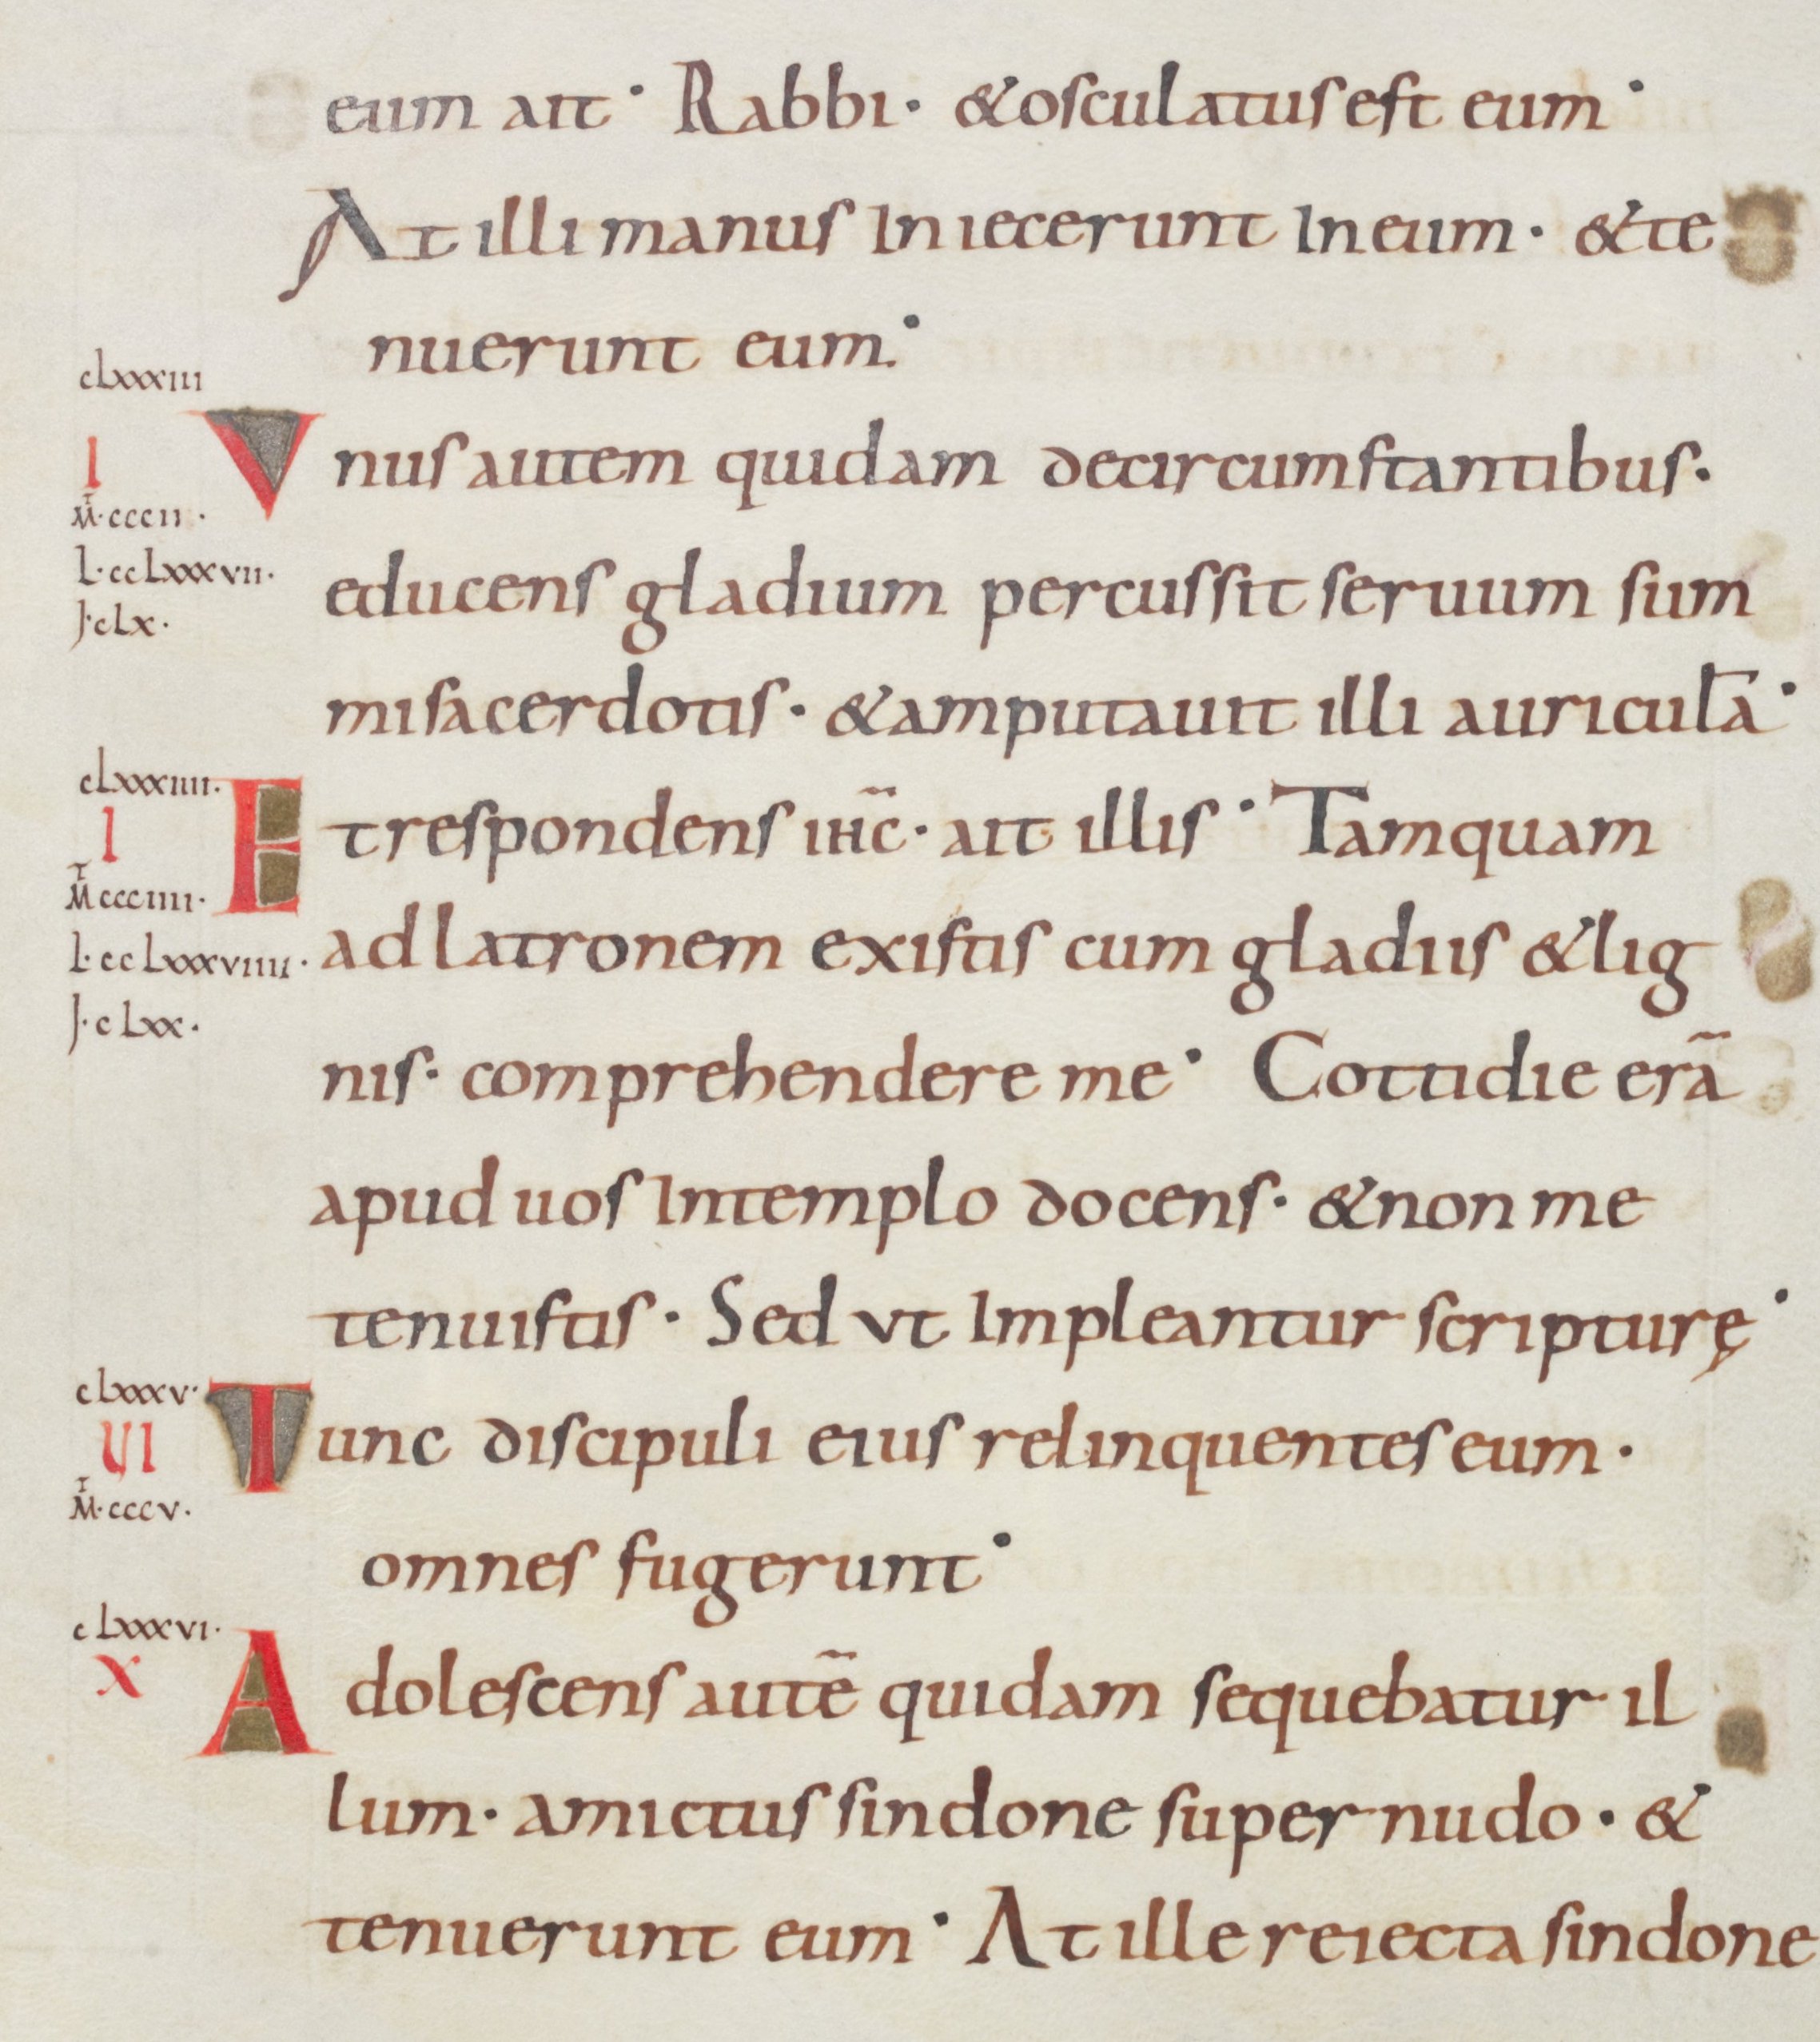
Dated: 875–899